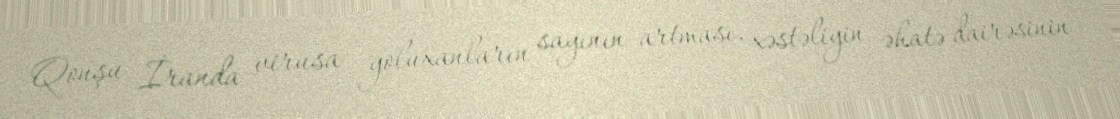
Qonşu İranda virusa yoluxanların sayının artması, xəstəliyin əhatə dairəsinin